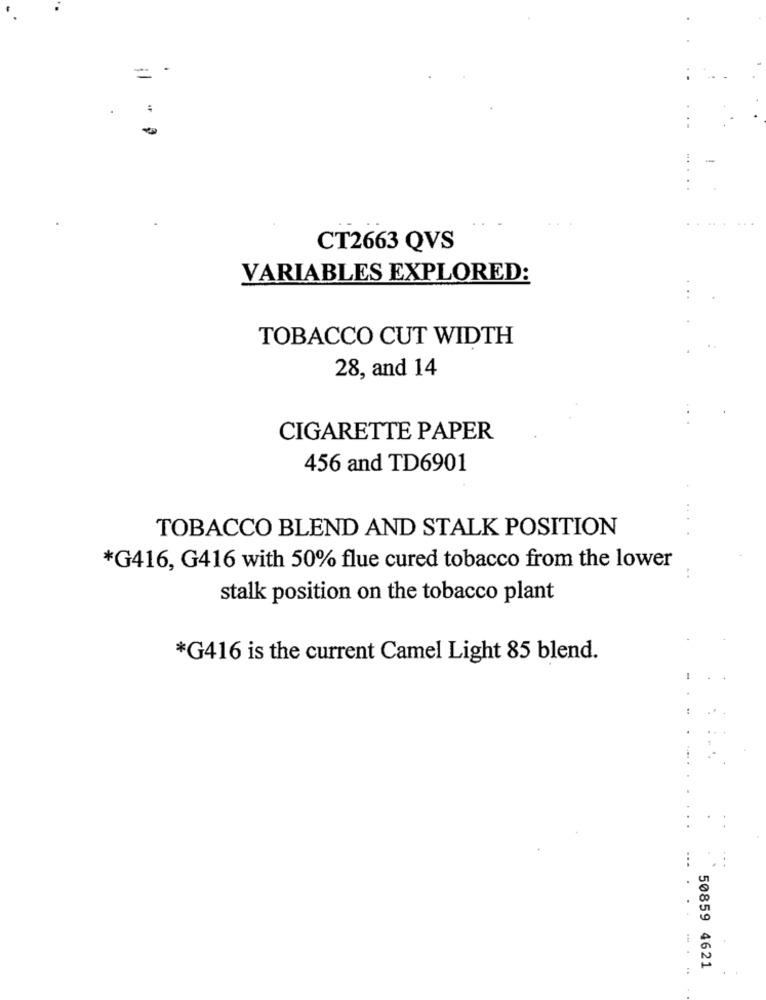
=
CT2663 QVS
VARIABLES EXPLORED:
TOBACCO CUT WIDTH
28, and 14
CIGARETTE PAPER
456 and TD6901
TOBACCO BLEND AND STALK POSITION
*G416, G416 with 50% flue cured tobacco from the lower
stalk position on the tobacco plant
*G416 is the current Camel Light 85 blend.
50859 4621